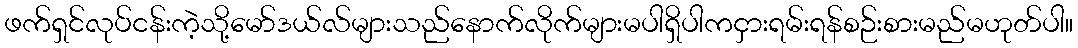
ဖက်ရှင်လုပ်ငန်းကဲ့သို့မော်ဒယ်လ်များသည်နောက်လိုက်များမပါရှိပါကငှားရမ်းရန်စဉ်းစားမည်မဟုတ်ပါ။